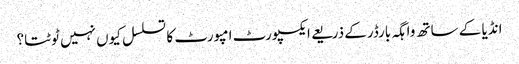
انڈیا کے ساتھ واہگہ بارڈرکے ذریعے ایکسپورٹ امپورٹ کا تسلسل کیوں نہیں ٹوٹتا؟